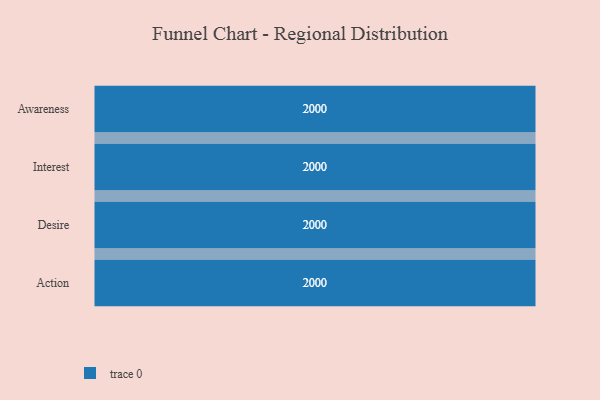
{"axis": {"x": "Stage", "y": "Value"}, "legend": [""], "data": [{"x": "Awareness", "y": 2000, "type": ""}, {"x": "Interest", "y": 2000, "type": ""}, {"x": "Desire", "y": 2000, "type": ""}, {"x": "Action", "y": 2000, "type": ""}]}